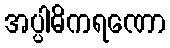
အပ္ပါဓိကရဏော